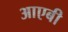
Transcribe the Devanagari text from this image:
आएबी